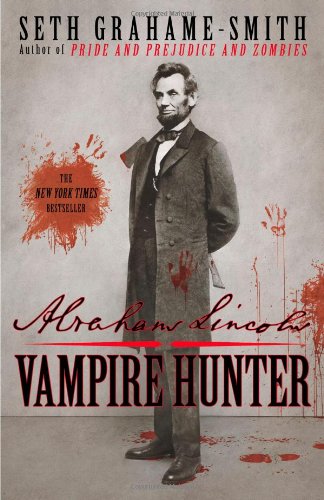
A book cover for Abraham Lincoln: Vampire Hunter; Seth Grahame-Smith; Literature & Fiction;